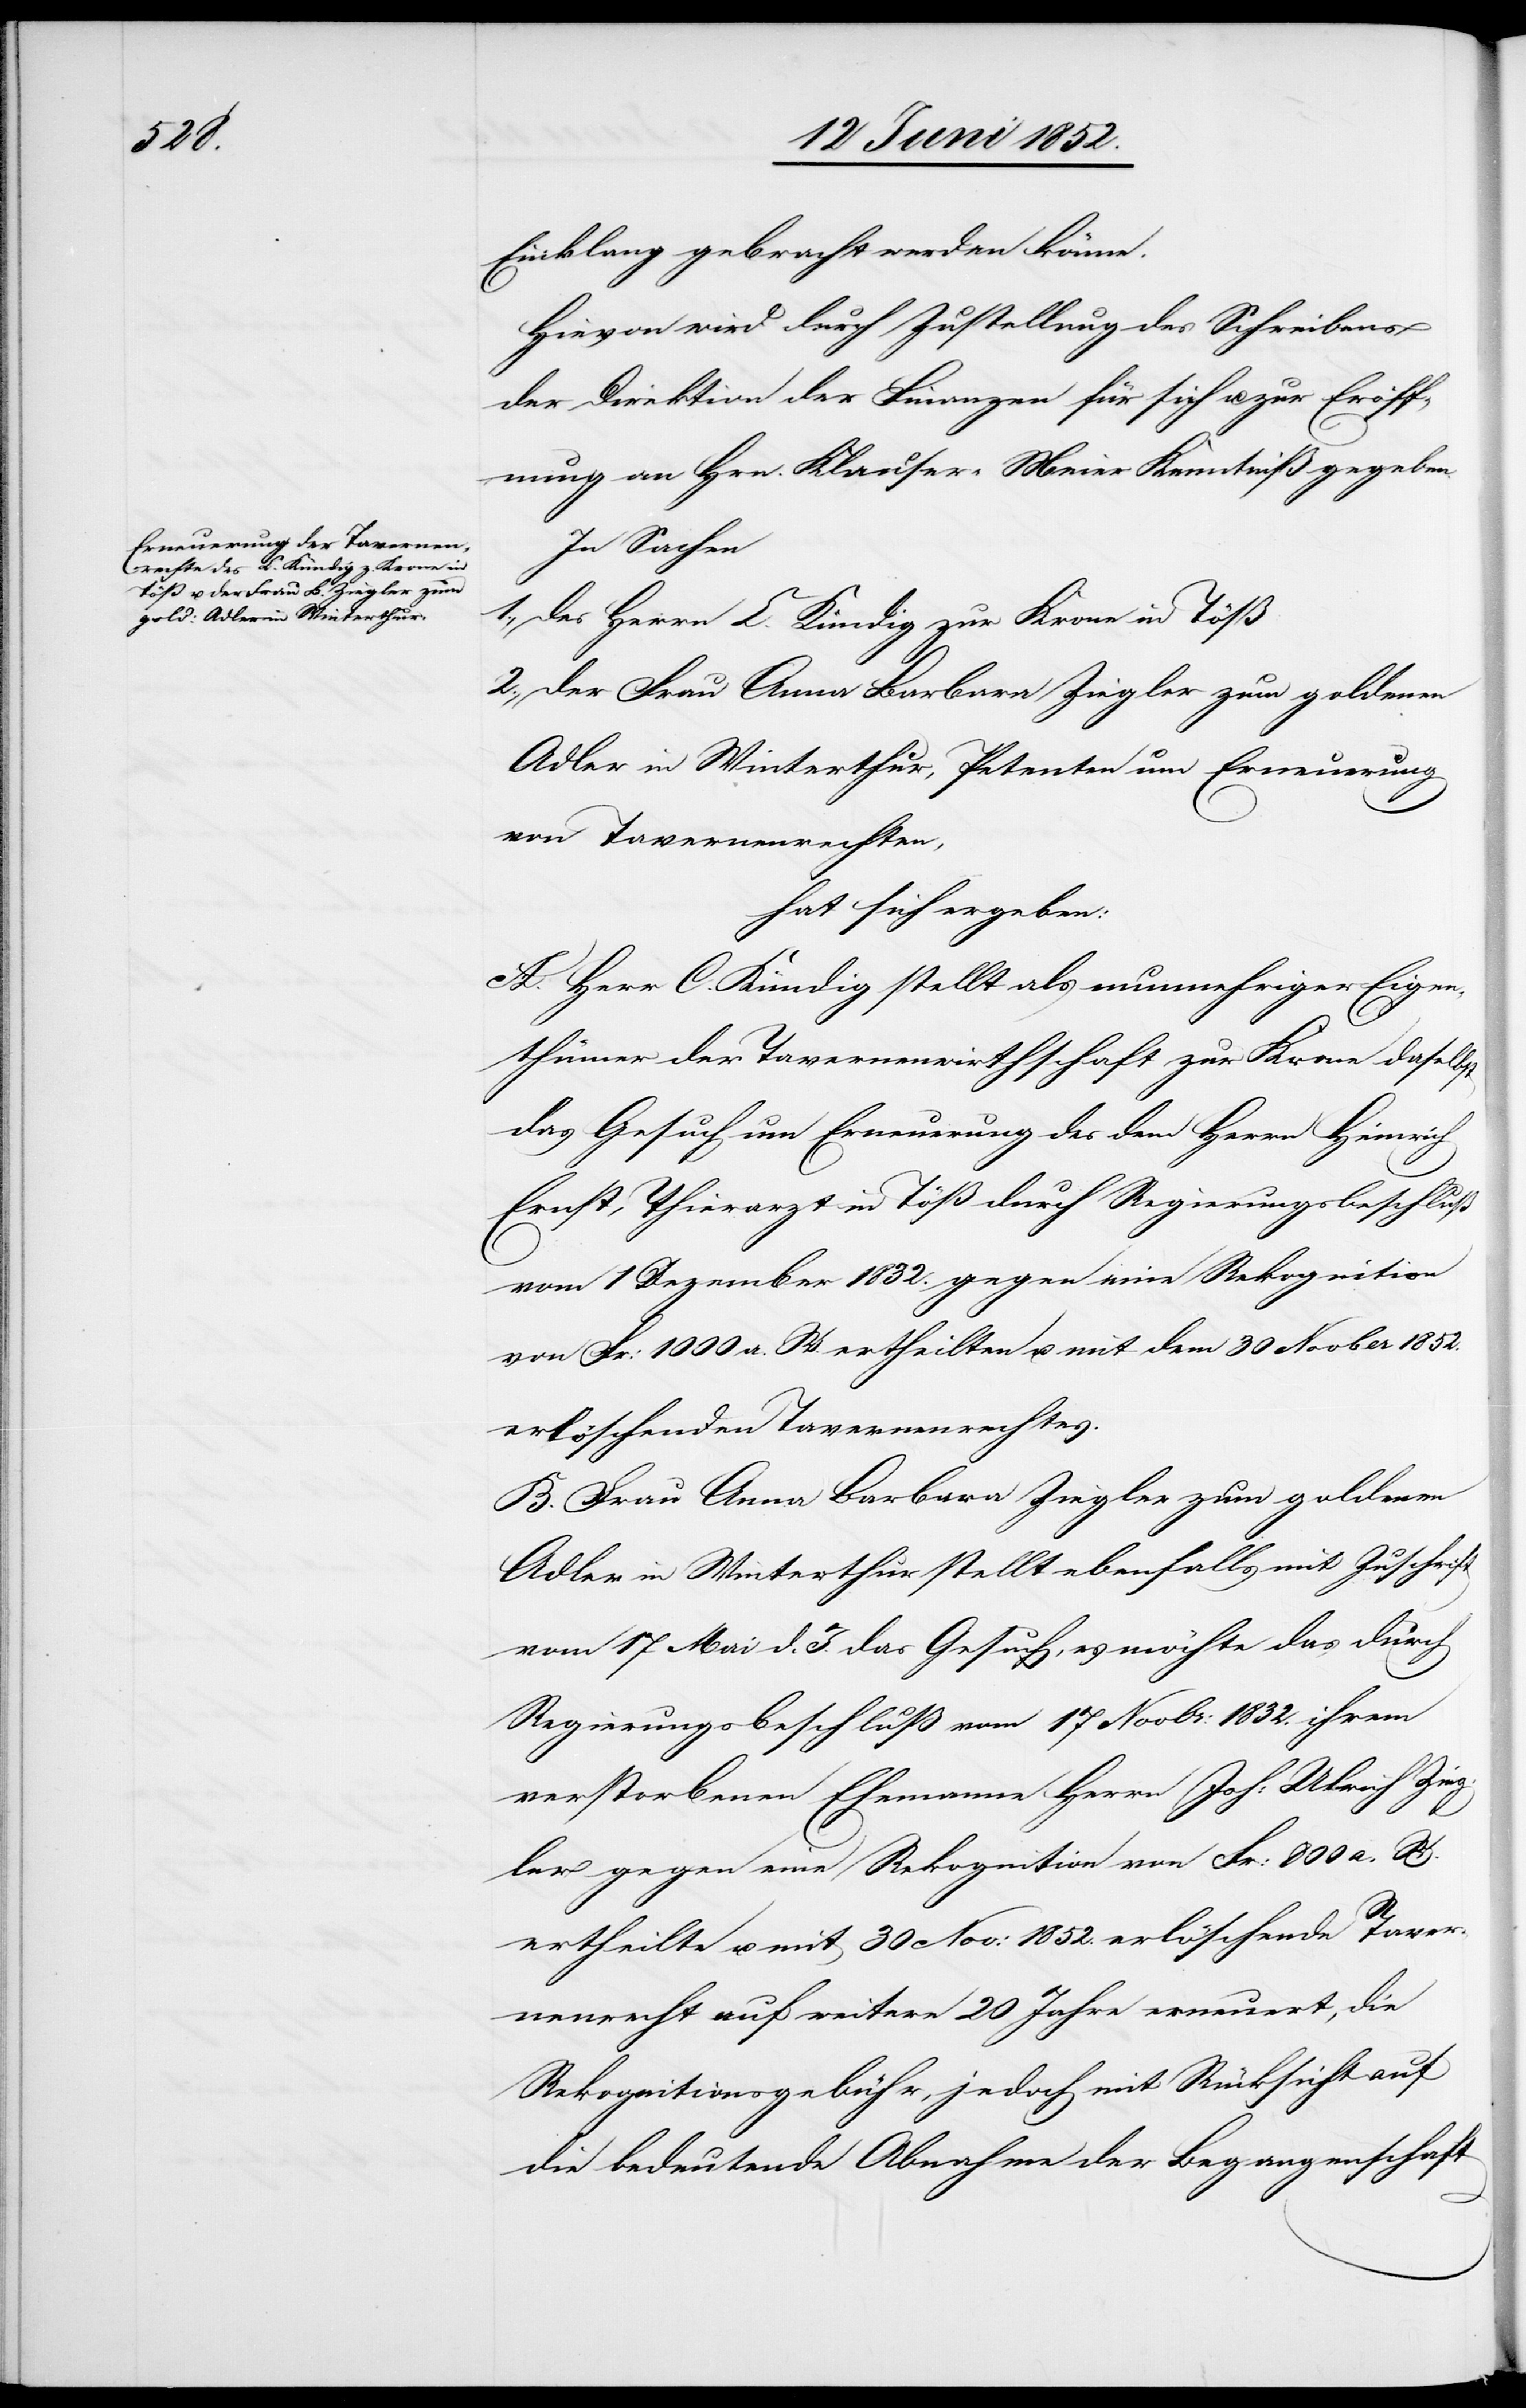
Einklang gebracht werden könne.
Hievon wird durch Zustellung des Schreibens
der Direktion der Finanzen für sich u. zur Eröff¬
nung an Hrn. Klauser-Meier Kenntniß gegeben.
In Sachen
1., des Herrn C. Kündig zur Krone in Töß
2., der Frau Anna Barbara Ziegler zum goldenen
Adler in Winterthur, Petenten um Erneuerung
von Tavernenrechten,
hat sich ergeben:
A. Herr C. Kündig stellt als nunmehriger Eigen¬
thümer der Tavernenwirthschaft zur Krone daselbst
das Gesuch um Erneuerung des dem Herrn Heinrich
Ernst, Thierarzt in Töß durch Regierungsbeschluß
vom 1 Dezember 1832. gegen eine Rekognition
von Fr: 1000 a. W. ertheilten u. mit dem 30 Nov[em]ber 1852.
erlöschenden Tavernenrechtes.
B. Frau Anna Barbara Ziegler zum goldenen
Adler in Winterthur stellt ebenfalls mit Zuschrift
vom 17 Mai d. J. das Gesuch, es möchte das durch
Regierungsbeschluß vom 17 Novbr: 1832. ihrem
verstorbenen Ehemanne Herrn Joh: Ulrich Zieg¬
ler gegen eine Rekognition von Fr: 800 a. W.
ertheilte u. mit 30 Nov: 1852. erlöschende Taver¬
nenrecht auf weitere 20 Jahre erneuert, die
Rekognitionsgebühr, jedoch mit Rücksicht auf
die bedeutende Abnahme der Begangenschaft